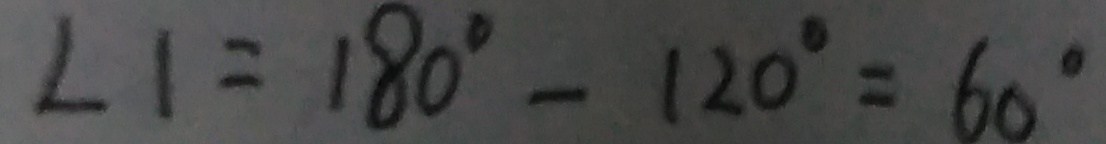
\angle 1 = 1 8 0 ^ { \circ } - 1 2 0 ^ { \circ } = 6 0 ^ { \circ }